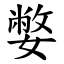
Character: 嫳